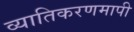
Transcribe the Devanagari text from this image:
व्यातिकरणमापी